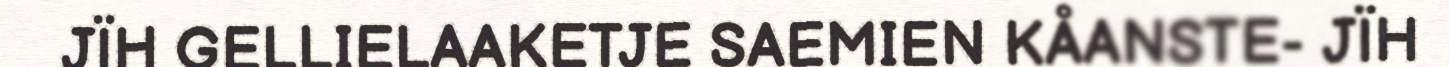
JÏH GELLIELAAKETJE SAEMIEN KÅANSTE- JÏH